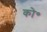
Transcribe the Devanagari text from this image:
को॰